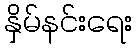
နှိမ်နင်းရေး